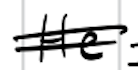
Text: He
Cross-out: double-line
Writing tool: digital_black